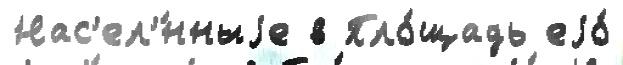
Нас'ел'́нныjе в Пло́щадь еjо́